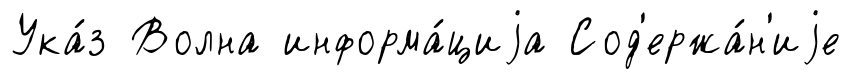
Ука́з Волна информа́циjа Сод'ержа́н'иjе